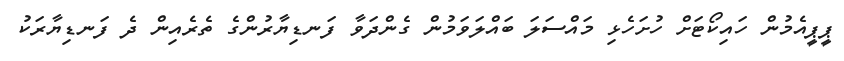
ޕީޕީއެމުން ހައިކޯޓަށް ހުށަހެޅި މައްސަލަ ބައްލަވަމުން ގެންދަވާ ފަނޑިޔާރުންގެ ތެރެއިން ދެ ފަނޑިޔާރަކު